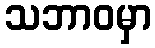
သဘာဝမှာ